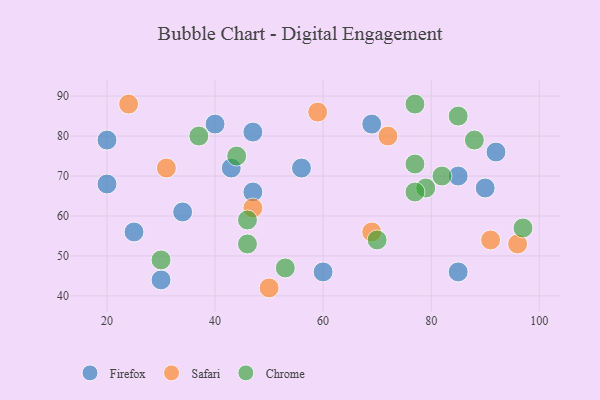
{"axis": {"x": "GDP", "y": "Life Expectancy"}, "legend": ["Chrome", "Firefox", "Safari"], "data": [{"x": "56", "y": 72, "type": "Firefox"}, {"x": "47", "y": 66, "type": "Firefox"}, {"x": "60", "y": 46, "type": "Firefox"}, {"x": "34", "y": 61, "type": "Firefox"}, {"x": "85", "y": 46, "type": "Firefox"}, {"x": "43", "y": 72, "type": "Firefox"}, {"x": "90", "y": 67, "type": "Firefox"}, {"x": "40", "y": 83, "type": "Firefox"}, {"x": "20", "y": 68, "type": "Firefox"}, {"x": "25", "y": 56, "type": "Firefox"}, {"x": "47", "y": 81, "type": "Firefox"}, {"x": "92", "y": 76, "type": "Firefox"}, {"x": "20", "y": 79, "type": "Firefox"}, {"x": "69", "y": 83, "type": "Firefox"}, {"x": "30", "y": 44, "type": "Firefox"}, {"x": "85", "y": 70, "type": "Firefox"}, {"x": "72", "y": 80, "type": "Safari"}, {"x": "69", "y": 56, "type": "Safari"}, {"x": "47", "y": 62, "type": "Safari"}, {"x": "91", "y": 54, "type": "Safari"}, {"x": "59", "y": 86, "type": "Safari"}, {"x": "31", "y": 72, "type": "Safari"}, {"x": "96", "y": 53, "type": "Safari"}, {"x": "50", "y": 42, "type": "Safari"}, {"x": "24", "y": 88, "type": "Safari"}, {"x": "70", "y": 54, "type": "Chrome"}, {"x": "44", "y": 75, "type": "Chrome"}, {"x": "77", "y": 88, "type": "Chrome"}, {"x": "53", "y": 47, "type": "Chrome"}, {"x": "79", "y": 67, "type": "Chrome"}, {"x": "97", "y": 57, "type": "Chrome"}, {"x": "46", "y": 53, "type": "Chrome"}, {"x": "46", "y": 59, "type": "Chrome"}, {"x": "82", "y": 70, "type": "Chrome"}, {"x": "88", "y": 79, "type": "Chrome"}, {"x": "85", "y": 85, "type": "Chrome"}, {"x": "77", "y": 73, "type": "Chrome"}, {"x": "30", "y": 49, "type": "Chrome"}, {"x": "77", "y": 66, "type": "Chrome"}, {"x": "37", "y": 80, "type": "Chrome"}]}